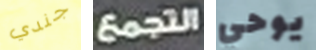
جندي التجمع يوحي